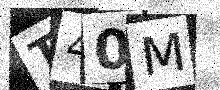
Text: T40M